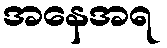
အနေအရ